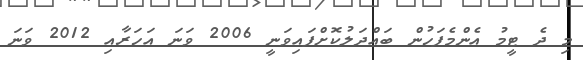
މި ދެ ޓީމު އެންމެފަހުން ބައްދަލުކޮށްފައިވަނީ 2006 ވަނަ އަހަރާއި 2012 ވަނަ